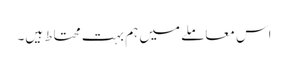
اس معاملے میں ہم بہت محتاط ہیں۔